Annual administration report of the Civil Veterinary Department of India - 1896-1897
Year: 1896
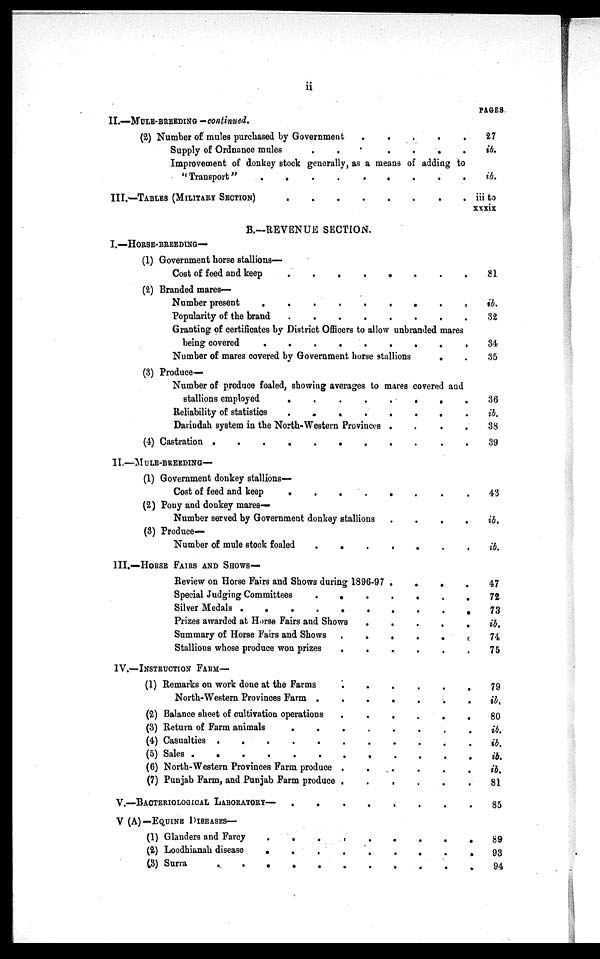
ii
II.—MULE-BREEDING—continued.
(2) Number of mules purchased by Government . . . . . . . .
Supply of Ordnance mules
.
.
.
.
.
.
.
.
Improvement of donkey stock generally, as a means of adding to
"Transport"
.
.
.
.
.
.
.
.
III.—TABLES (MILITARY SECTION)
.
.
.
.
.
.
.
.
B.-REVENUE SECTION.
I.—HORSE-BREEDING—
(1) Government horse stallions-
Cost of feed and keep
(2) Branded mares—
Number present
.
.
.
.
.
.
.
.
Popularity of the brand
Granting of certificates by District Officers to allow unbranded mares
being covered
.
.
.
.
.
.
.
.
Number of mares covered by Government horse stallions . . . . . . . .
(3) Produce-
Number of produce foaled, showing averages to mares covered and
stallions employed
.
.
.
.
.
.
.
.
Reliability of statistics
.
.
.
.
.
.
.
.
Dariudah system in the North-Western Provinces
.
.
.
.
(4) Castration
.
.
.
.
.
II.—HORSE-BREEDING—
(1) Government donkey stallions-
Cost of feed and keep
.
.
.
.
.
.
.
.
(2) Pony and donkey mares—
Number served by Government donkey stallions . . . . . . . .
(8) Produce—
Number of mule stock foaled
.
.
.
.
.
.
.
.
III.—HORSE FAIRS AND SHOWS—
Review on Horse Fairs and Shows during 1896-97 . . . . . . . .
Special Judging Committees
.
.
.
.
.
.
.
.
Silver Medals
.
.
.
.
.
.
.
.
Prizes awarded at Horse Fairs and Shows . . . . . . . .
Summary of Horse Fairs and Shows . . . . . . . .
Stallions whose produce won prizes
.
.
.
.
.
.
.
.
IV.—INSTRUCTION
FARM—
(1) Remarks on work done at the Farms
.
.
.
.
.
.
.
.
North-Western Provinces Farm
.
.
.
.
.
.
.
.
(2) Balance sheet of cultivation operations . . . . . . . .
(3) Return of Farm animals
.
.
.
.
.
.
.
.
(4) Casualties
.
.
.
.
.
.
.
.
(5) Sales
.
.
.
.
.
.
.
.
(6) North-Western Provinces Farm produce . . . . . . . .
(7) Punjab Farm, and Punjab Farm produce . . . . . . . .
V.—BACTERIOLOGICAL
LABORATORY—
.
.
.
.
.
.
.
.
V (A)—EQUINE DISEASE—
(1) Glanders and Farcy
.
.
.
.
.
.
.
.
(2) Loodhianah disease
.
.
.
.
.
.
.
.
(3) Surra . . . .
PAGES
27
ib.
ib.
iii to
xxxix
31
ib.
32
34
35
36
ib.
38
39
43
ib.
ib.
47
72
73
ib.
74
75
79
ib.
80
ib.
ib.
ib.
ib.
81
85
89
93
94